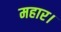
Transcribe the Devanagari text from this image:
महार।